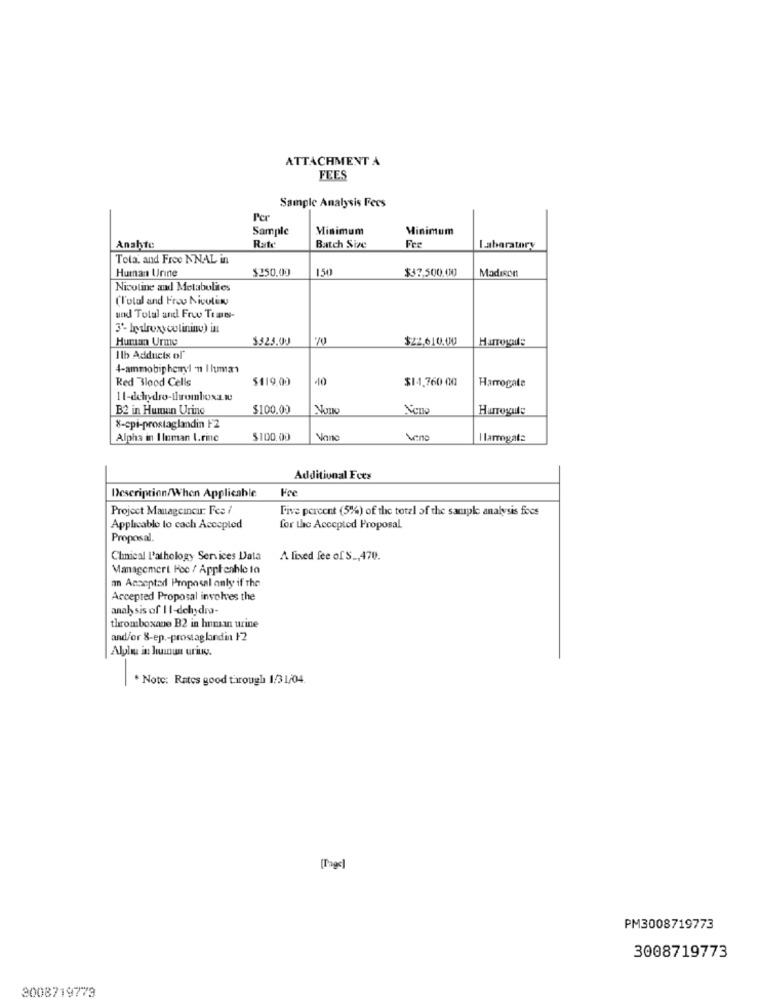
ATTACHMENT A
FEES
Sample Analysis Fees
Per
Sample
Minimum
Minimum
Anahte
Batch Size
Fre
Laboratory
Tola, and Free NNAL in
$250.00
150
$37,500.00
Madison
Human Urine
Nicotine and Metabolites
(l'otal and Frou Nicolino
und Total and Free Trans-
3'- hydroxycolininu) in
Human Urme
$323.0J
$22.610.00
Harrogate
Ilb Adducts of
4-ammobiphenyl n I huma1
Red Blood Cells
$119.00
40
$14,760 00
Harrogate
11-dehydro-thromboxa.v
B2 in Human Urino
$100.00
Nono
Neno
Harrogule
%-cpi-prostaglandin F2
Alpha in I loman L.rinc
$100.00
Nano
Vene
I larrogate
Additional Fees
Fee
Description/When Applicable
Project Manageincur: Fes /
Five percent (5%) of the total of the sample analysis focs
Applicable lo cach Accepled
for the Accepted Proposal
Proposal
Clinical L'athology Services Data
A fixed fee of S _, 470.
Managemert Hoe / Applenhle to
a Accepted Proposal only if the
Accepted Proposal involves the
analy sis of 1 1-dehydro-
thromboxque B2 in human urine
and/or 8-ep .- prostag landin 12
Alplu in huinun uring.
. Note: Rates good through 1/31/04.
[Page]
PM3008719773
3008719773
3008719779